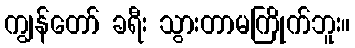
ကျွန်တော် ခရီး သွားတာမကြိုက်ဘူး။